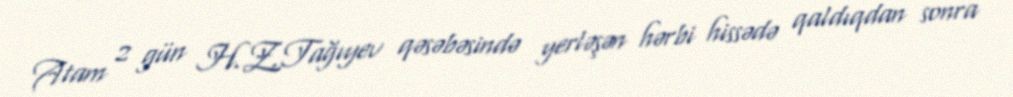
Atam 2 gün H.Z.Tağıyev qəsəbəsində yerləşən hərbi hissədə qaldıqdan sonra